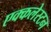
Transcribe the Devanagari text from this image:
एक्कलेस्टन